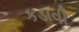
કડાવી